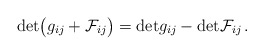
\begin{align*}{\rm det} \bigl (g_{ij} + {\cal F}_{ij}\bigr ) = {\rm det} g_{ij} - {\rm det} {\cal F}_{ij}\, .\end{align*}